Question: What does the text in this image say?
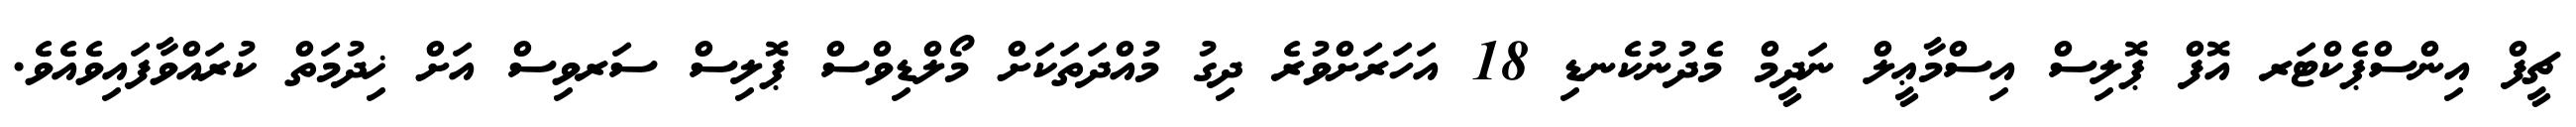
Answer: ޗީފް އިންސްޕެކްޓަރ އޮފް ޕޮލިސް އިސްމާޢީލް ނަދީމް މެދުނުކެނޑި 18 އަހަރަށްވުރެ ދިގު މުއްދަތަކަށް މޯލްޑިވްސް ޕޮލިސް ސަރވިސް އަށް ޚިދުމަތް ކުރައްވާފައިވެއެވެ.